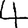
Digit: 4